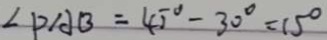
\angle P A B = 4 5 ^ { \circ } - 3 0 ^ { \circ } = 1 5 ^ { \circ }